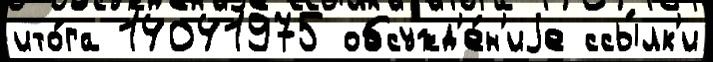
ито́га 14041975 обсужд'е́н'иjе ссы́лк'и